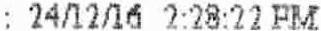
: 24/12/16 2:28:22 PM